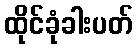
ထိုင်ခုံခါးပတ်